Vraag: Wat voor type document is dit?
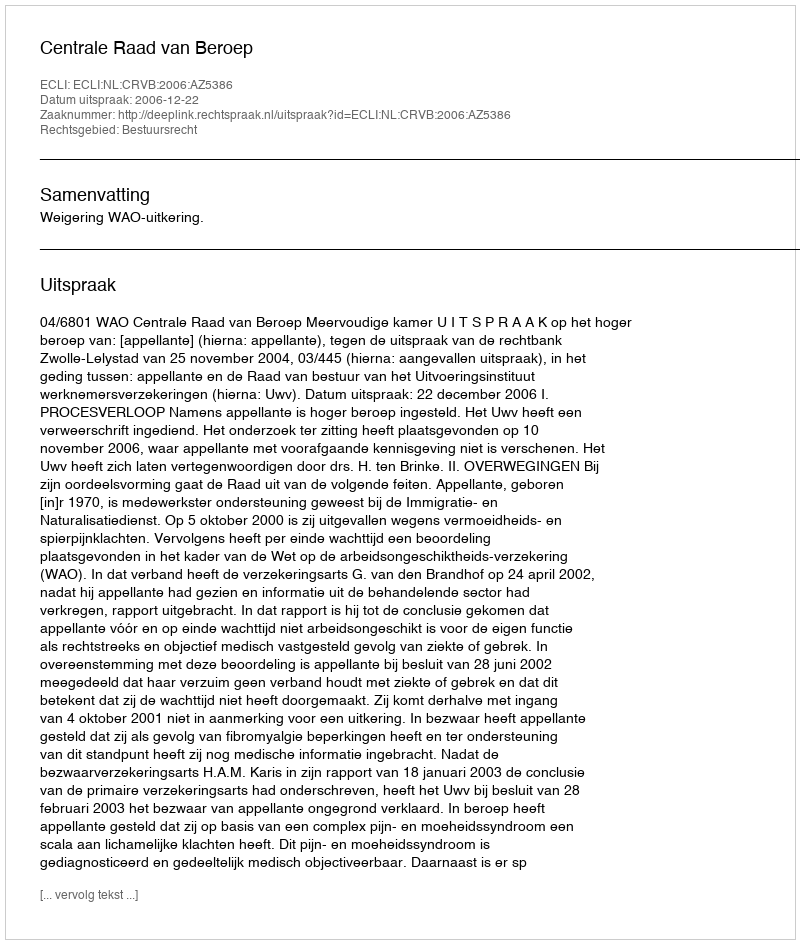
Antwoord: Uitspraak